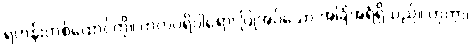
ရဟန်းတစ်ထောင်ကို။ ကတပရိဝါရော၊ ပြုအပ်သော အခြံအရံရှိသည်။ ဟုတွာ၊